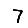
Digit: 7